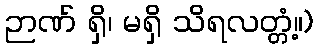
ဉာဏ် ရှိ၊ မရှိ သိရလတ္တံ့။)